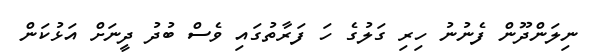
ނިލަންދޫން ފެނުނު ހިރި ގަލުގެ ހަ ފަރާތުގައި ވެސް ބުދު ދީނަށް އަޅުކަން